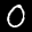
Label: 0